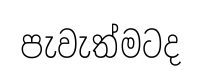
පැවැත්මටද